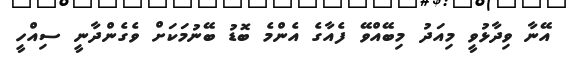
އޭނާ ވިދާޅުވީ މިއަދު މިބޭއްވޭ ފެއާގެ އެންމެ ބޮޑު ބޭނުމަކަށް ވެގެންދާނީ ސިއްހީ